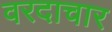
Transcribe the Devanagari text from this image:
वरदाचार